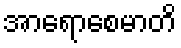
အာရောစေမာတိ